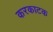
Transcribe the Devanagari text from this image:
करकाटक